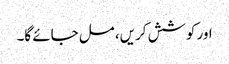
اور کوشش کریں، مل جائے گا۔